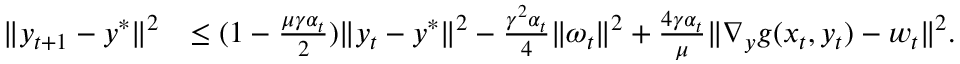
\begin{array} { r l } { \| y _ { t + 1 } - y ^ { * } \| ^ { 2 } } & { \leq ( 1 - \frac { \mu \gamma \alpha _ { t } } { 2 } ) \| y _ { t } - y ^ { * } \| ^ { 2 } - \frac { \gamma ^ { 2 } \alpha _ { t } } { 4 } \| \omega _ { t } \| ^ { 2 } + \frac { 4 \gamma \alpha _ { t } } { \mu } \| \nabla _ { y } g ( x _ { t } , y _ { t } ) - w _ { t } \| ^ { 2 } . } \end{array}